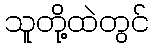
သူတို့ထဲတွင်